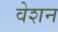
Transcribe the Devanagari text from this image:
वेशन